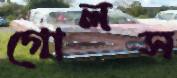
গোলস